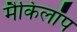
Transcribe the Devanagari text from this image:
मैकिलॉप